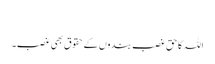
​
اللہ کا حق غصب بندوں کے حقوق بھی غصب۔